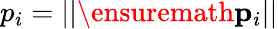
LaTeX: p_{i}=||\ensuremath{\mathbf{p}}_{i}||